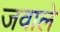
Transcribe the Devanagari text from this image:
जवाले